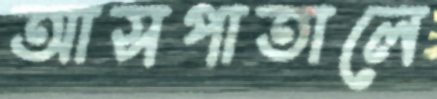
আসপাতালে